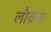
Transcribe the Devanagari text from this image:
लौकरा